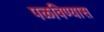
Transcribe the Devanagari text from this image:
पळविण्यास